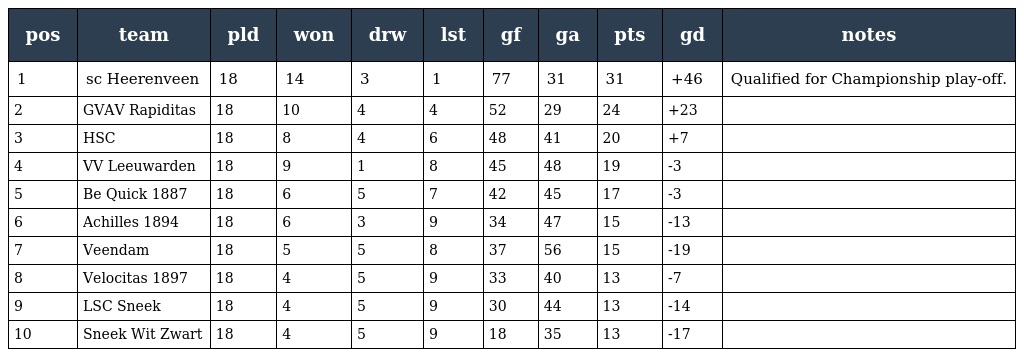
| pos | team | pld | won | drw | lst | gf | ga | pts | gd | notes |
 | --- | --- | --- | --- | --- | --- | --- | --- | --- | --- | --- |
 | 1 | sc Heerenveen | 18 | 14 | 3 | 1 | 77 | 31 | 31 | +46 | Qualified for Championship play-off. |
 | 2 | GVAV Rapiditas | 18 | 10 | 4 | 4 | 52 | 29 | 24 | +23 |  |
 | 3 | HSC | 18 | 8 | 4 | 6 | 48 | 41 | 20 | +7 |  |
 | 4 | VV Leeuwarden | 18 | 9 | 1 | 8 | 45 | 48 | 19 | -3 |  |
 | 5 | Be Quick 1887 | 18 | 6 | 5 | 7 | 42 | 45 | 17 | -3 |  |
 | 6 | Achilles 1894 | 18 | 6 | 3 | 9 | 34 | 47 | 15 | -13 |  |
 | 7 | Veendam | 18 | 5 | 5 | 8 | 37 | 56 | 15 | -19 |  |
 | 8 | Velocitas 1897 | 18 | 4 | 5 | 9 | 33 | 40 | 13 | -7 |  |
 | 9 | LSC Sneek | 18 | 4 | 5 | 9 | 30 | 44 | 13 | -14 |  |
 | 10 | Sneek Wit Zwart | 18 | 4 | 5 | 9 | 18 | 35 | 13 | -17 |  |